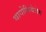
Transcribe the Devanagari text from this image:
थायोमिथेजेम